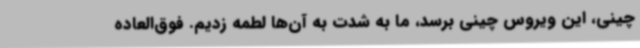
چینی، این ویروس چینی برسد، ما به شدت به آن‌ها لطمه زدیم. فوق‌العاده